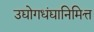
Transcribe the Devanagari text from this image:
उद्योगधंद्यानिमित्त